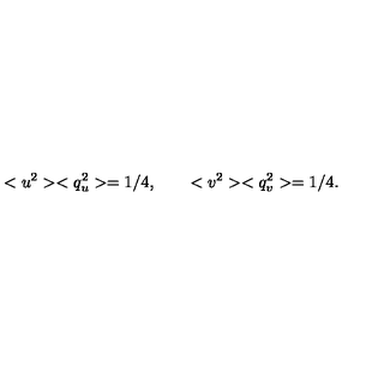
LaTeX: < u ^ { 2 } > < q _ { u } ^ { 2 } > = 1 / 4 , \qquad < v ^ { 2 } > < q _ { v } ^ { 2 } > = 1 / 4 .